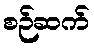
စဉ်ဆက်